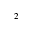
^ 2